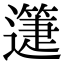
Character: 𨘉